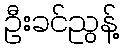
ဦးခင်ညွန့်